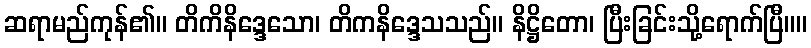
ဆရာမည်ကုန်၏။ တိကိနိဒ္ဒေသော၊ တိကနိဒ္ဒေသသည်။ နိဋ္ဌိတော၊ ပြီးခြင်းသို့ရောက်ပြီ။။